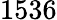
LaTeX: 1536